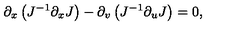
\partial _ { x } \left( J ^ { - 1 } \partial _ { x } J \right) - \partial _ { v } \left( J ^ { - 1 } \partial _ { u } J \right) = 0 ,